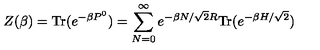
Z ( \beta ) = \mathrm { T r } ( e ^ { - \beta P ^ { 0 } } ) = \sum _ { N = 0 } ^ { \infty } e ^ { - \beta N / \sqrt { 2 } R } \mathrm { T r } ( e ^ { - \beta H / \sqrt { 2 } } )